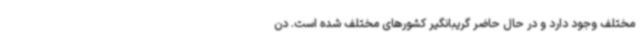
مختلف وجود دارد و در حال حاضر گریبانگیر کشورهای مختلف شده است. دن